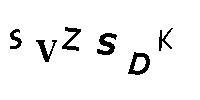
SVZSDK